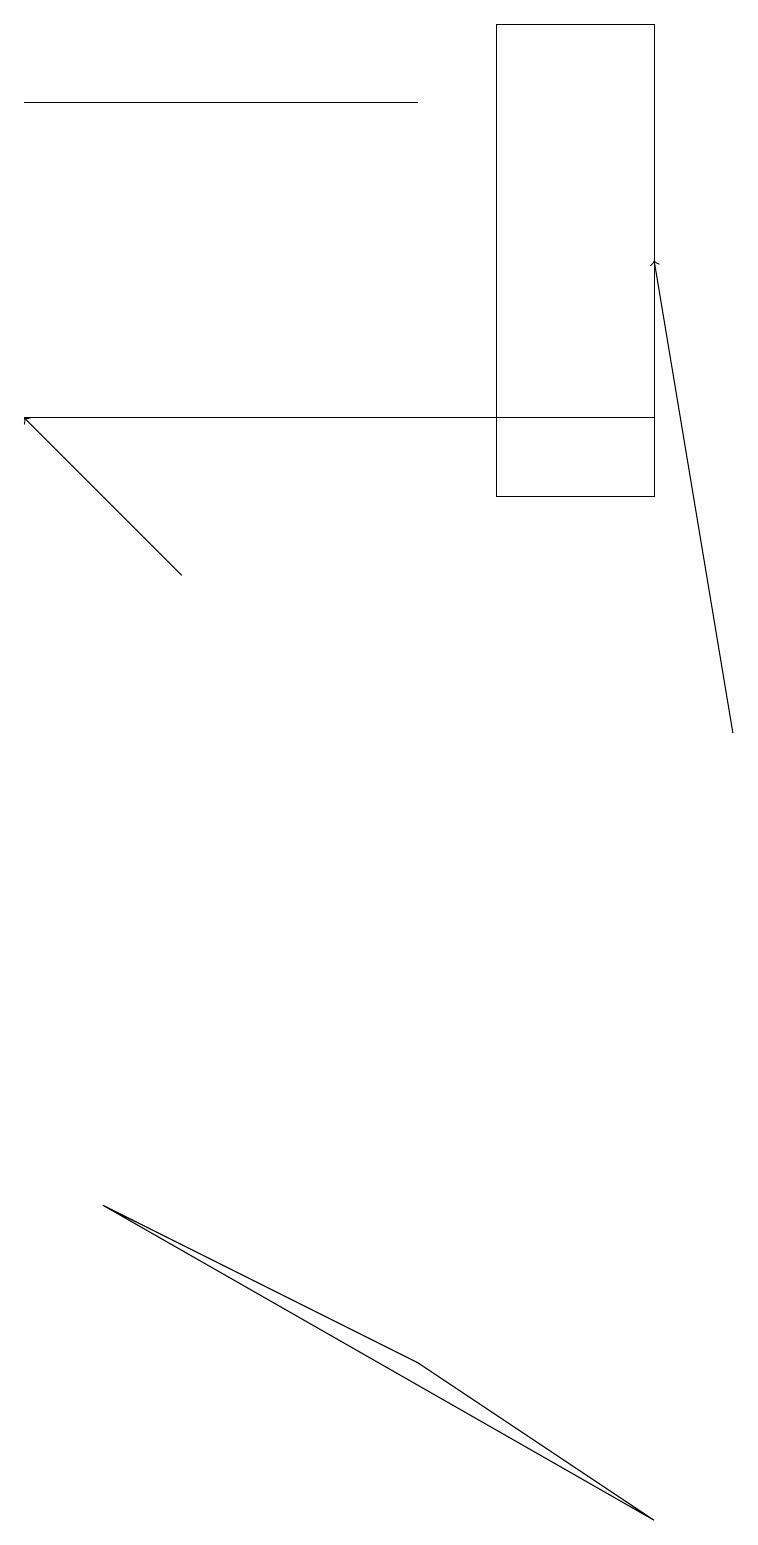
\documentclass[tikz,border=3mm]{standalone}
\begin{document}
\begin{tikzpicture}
\draw (8,14) rectangle (0,14);
\draw (8,0) -- (5,2) -- (1,4) -- cycle;
\draw (6,13) rectangle (8,19);
\draw[->] (9,10) -- (8,16);
\draw[->] (2,12) -- (0,14);
\draw (0,18) rectangle (5,18);
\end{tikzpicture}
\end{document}